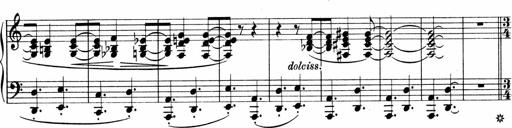
Title: Sonatina No.4
Composer: Abram Kimmell
Key: E minor